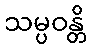
သမ္ပဝန္တိ